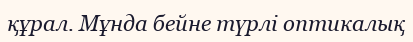
құрал. Мұнда бейне түрлі оптикалық